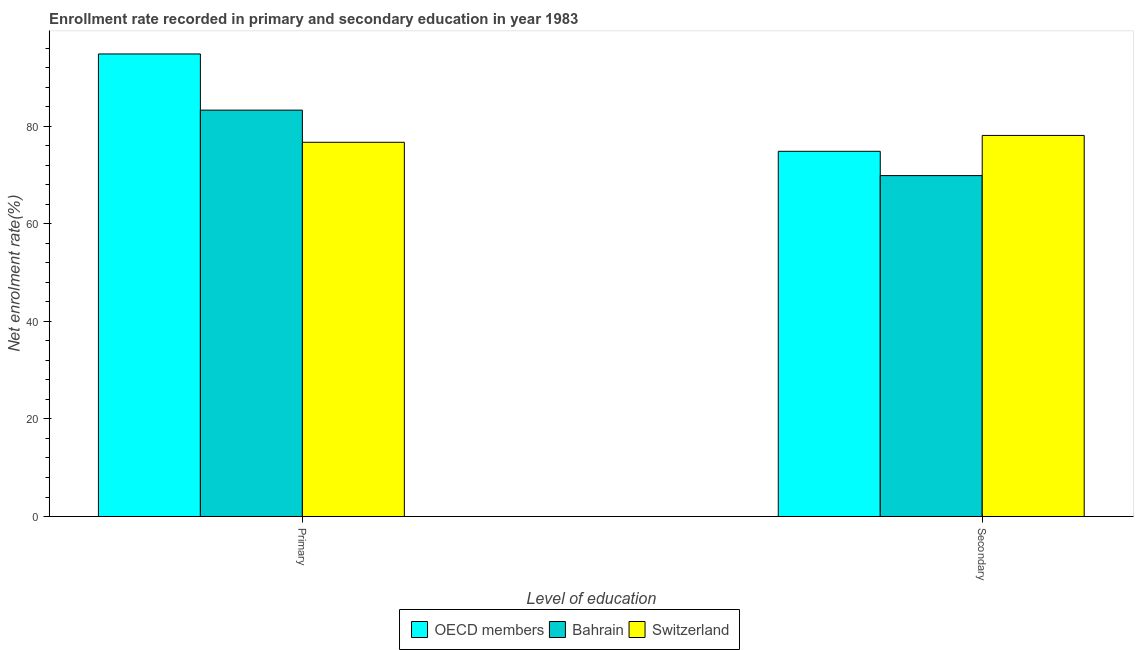
| Level of education | OECD members | Bahrain | Switzerland |
 | --- | --- | --- | --- |
 | Primary | 94.8 | 83.3 | 76.7 |
 | Secondary | 74.9 | 69.9 | 78.1 |